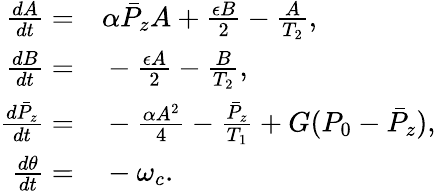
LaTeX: \begin{array}{rl}{\frac{dA}{dt}=}&{{}\alpha\bar{P}_{z}A+\frac{\epsilon B}{2}-\frac{A}{T_{2}},}\\ {\frac{dB}{dt}=}&{{}-\frac{\epsilon A}{2}-\frac{B}{T_{2}},}\\ {\frac{d\bar{P}_{z}}{dt}=}&{{}-\frac{\alpha A^{2}}{4}-\frac{\bar{P}_{z}}{T_{1}}+G(P_{0}-\bar{P}_{z}),}\\ {\frac{d\theta}{dt}=}&{{}-\omega_{c}.}\end{array}